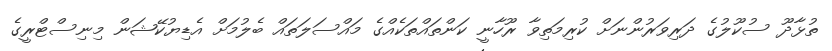
ތުޅާދޫ ސުކޫލުގެ ދަރިވަރުންނަށް ކުރިމަތިވާ ރޫހާނީ ކަންތައްތަކެއްގެ މައްސަލަތައް ބެލުމަށް އެޑިޔުކޭޝަން މިނިސްޓްރީގެ